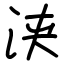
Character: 浃